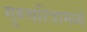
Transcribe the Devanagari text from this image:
गुरुचरित्रामध्ये